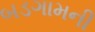
બડગામની